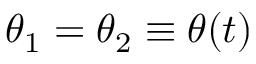
\theta _ { 1 } = \theta _ { 2 } \equiv \theta ( t )